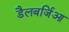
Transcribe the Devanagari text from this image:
डैलबर्जिआ